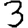
Digit: 3